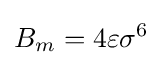
B_{m}=4\varepsilon \sigma ^{6}